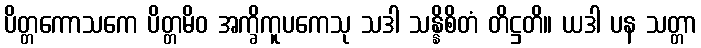
ပိတ္တကောသကေ ပိတ္တမိဝ အက္ခိကူပကေသု သဒါ သန္နိစိတံ တိဋ္ဌတိ။ ယဒါ ပန သတ္တာ